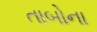
તાબોના